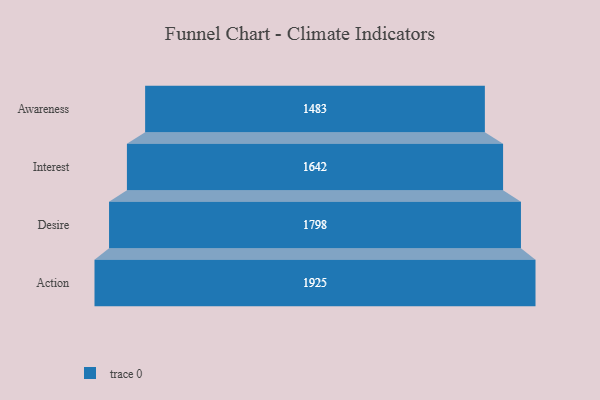
{"axis": {"x": "Stage", "y": "Value"}, "legend": [""], "data": [{"x": "Awareness", "y": 1483.0, "type": ""}, {"x": "Interest", "y": 1642.0, "type": ""}, {"x": "Desire", "y": 1798.0, "type": ""}, {"x": "Action", "y": 1925.0, "type": ""}]}